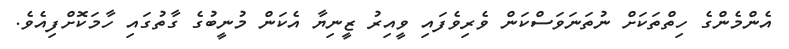
އެންމެންގެ ހިތްތަކަށް ނުތަނަވަސްކަން ވެރިވެފައި ވީއިރު ޒީނިޔާ އެކަން މުނީބުގެ ގާތުގައި ހާމަކޮށްފިއެވެ.